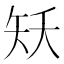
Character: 矨